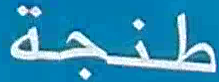
طنجة